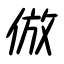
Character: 倣